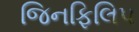
જિનફિલિપ